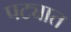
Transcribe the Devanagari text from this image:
पट्यात